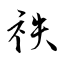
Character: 祑